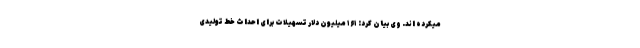
میکرده اند. وی بیان کرد: ۱۶۱ میلیون دلار تسهیلات برای احداث خط تولیدی